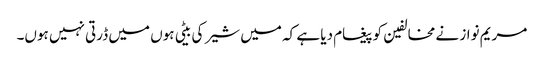
مریم نواز نے مخالفین کو پیغام دیا ہے کہ میں شیر کی بیٹی ہوں میں ڈرتی نہیں ہوں۔